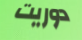
دوريت